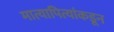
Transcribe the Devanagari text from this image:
मात्यापित्यांकडून